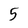
Character: 5